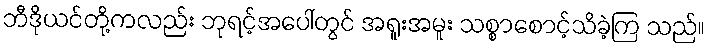
ဘီဒိုယင်တို့ကလည်း ဘုရင့်အပေါ်တွင် အရူးအမူး သစ္စာစောင့်သိခဲ့ကြ သည်။